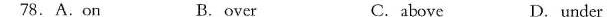
78.A.On B.over C. above D. under